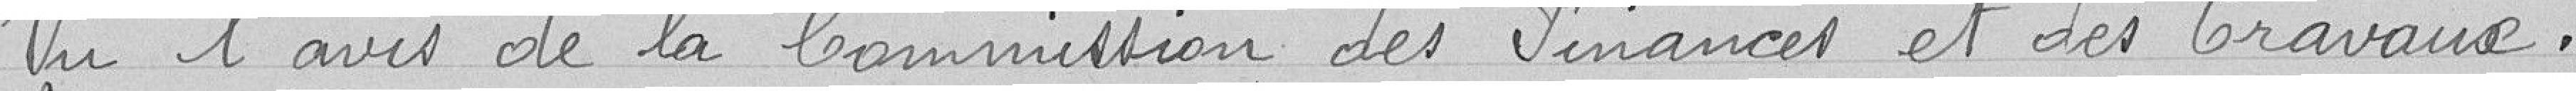
Vu l'avis de la commission des finances et des travaux,